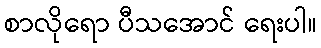
စာလိုရော ပီသအောင် ရေးပါ။